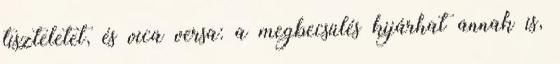
tiszteletet, és vica versa: a megbecsülés kijárhat annak is,